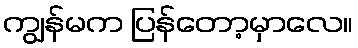
ကျွန်မက ပြန်တော့မှာလေ။